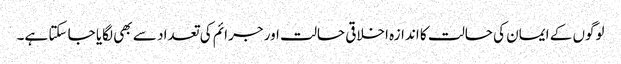
لوگوں کے ایمان کی حالت کا اندازہ اخلاقی حالت اور جرائم کی تعداد سے بھی لگایا جا سکتا ہے۔